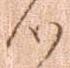
心